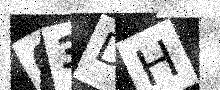
Text: 03DH